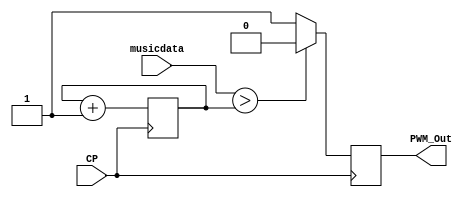
`timescale 1ns / 1ps
//////////////////////////////////////////////////////////////////////////////////
// Company: 
// Engineer: 
// 
// Design Name: 
// Module Name:    PWM_Out 
// Project Name: 
// Target Devices: 
// Tool versions: 
// Description: 
//
// Dependencies: 
//
// Revision: 
// Revision 0.01 - File Created
// Additional Comments: 
//
//////////////////////////////////////////////////////////////////////////////////
module PWM_Out(musicdata,CP,PWM_Out
    );
input[7:0]musicdata;
input CP;
output reg PWM_Out;
reg [7:0]counter;
initial
begin
counter=0;
end
always@(posedge CP)
 begin
   counter<=counter+1;
	if(musicdata>counter)
	begin 
	  PWM_Out<=0;
	end
	else
	begin
	  PWM_Out<=1;
	end
 end

endmodule